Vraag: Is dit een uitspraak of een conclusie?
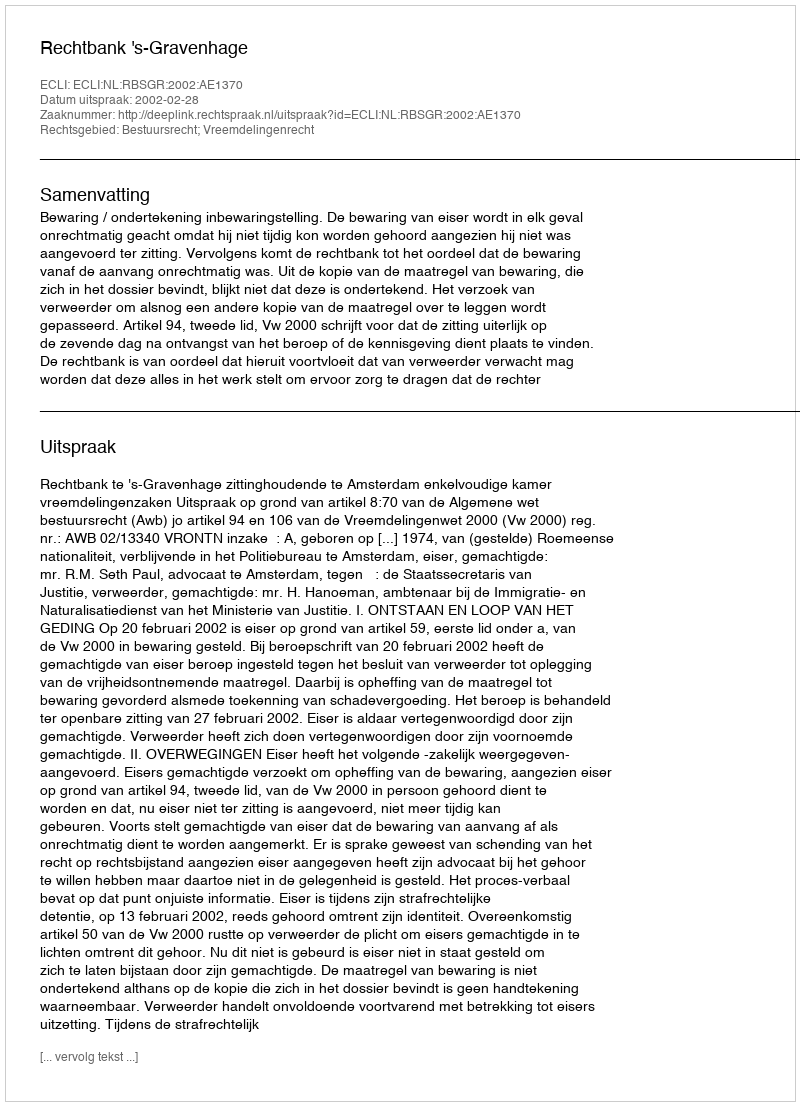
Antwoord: Uitspraak